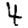
Digit: 4